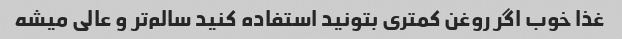
غذا خوب اگر روغن کمتری بتونید استفاده کنید سالم‌تر و عالی میشه